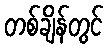
တစ်ချိန်တွင်